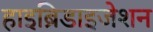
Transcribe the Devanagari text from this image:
हाइब्रिडाइजेशन